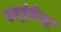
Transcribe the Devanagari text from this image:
एल्ईडीतून